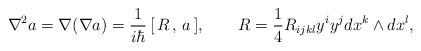
\begin{align*}\nabla ^2a=\nabla (\nabla a)=\frac 1{i\hbar }\,[\,R\,,\,a\,],\qquad R=\frac14R_{ijkl}y^iy^jdx^k\wedge dx^l,\end{align*}